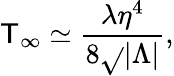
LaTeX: \mathsf{T}_{\infty}\simeq{\frac{{\lambda\eta^{4}}}{{8\sqrt{}{{|\Lambda|}}}}},